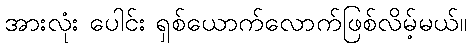
အားလုံး ပေါင်း ရှစ်ယောက်လောက်ဖြစ်လိမ့်မယ်။